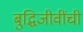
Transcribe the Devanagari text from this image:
बुद्धिजीवींची